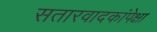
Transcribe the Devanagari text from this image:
सतारवादकांपेक्षा